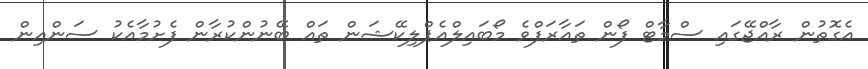
އެގޮތުން ރާއްޖޭގައި ސްމާޓް ފޯން ތައާރަފްވެ މޯބައިލްއެޕްލިކޭޝަން ތައް ބޭނުންކުރާން ފެށުމާއެކު ސަންއިން